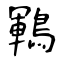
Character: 鶤